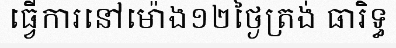
ធ្វើការនៅម៉ោង១២ថ្ងៃត្រង់ ធារិទ្ធ